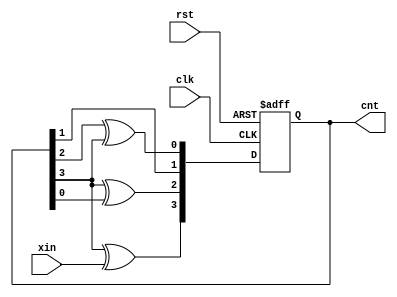
module rlfsr(input clk,rst,xin,output reg [3:0] cnt);
 always @(posedge clk or posedge rst)begin
 if(rst)
 cnt<=0;
 else
 cnt<={cnt[3]^xin,cnt[3]^cnt[0],cnt[1],cnt[2]^cnt[3]};
 end
endmodule


module tb;
 reg clk,rst,xin;
 wire [3:0] cnt;
 rlfsr dut(clk,rst,xin,cnt);
 always #5 clk = ~clk;
 initial begin
 clk=0;rst=1;
 #20 rst=0;
 repeat(10)begin
 xin=1;
 #20 xin=0;
 #20 xin=1;
 end
 #250 $finish();
 
 end
initial
 $monitor($time,"clk=%b,rst=%b,xin=%b,cnt=%b",clk,rst,xin,cnt);
endmodule